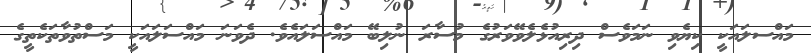
މައްސލައަކީ ކިޔެވި ނަމަވެސް ދިރިއުޅެލެވޭވަރުގެ މުސާރަ ނުލިބޭ މައްސަލައެވެ. ދެވަނަ މައްސަލައަކީ މަސްތުވާތަކެތީގެ